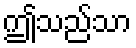
ဤသည်သာ